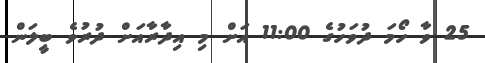
25 ވާ ހޯމަ ދުވަހުގެ 11:00 އަށް މި އިދާރާއަށް ދުރުވެ ބީލަން